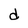
Character: d